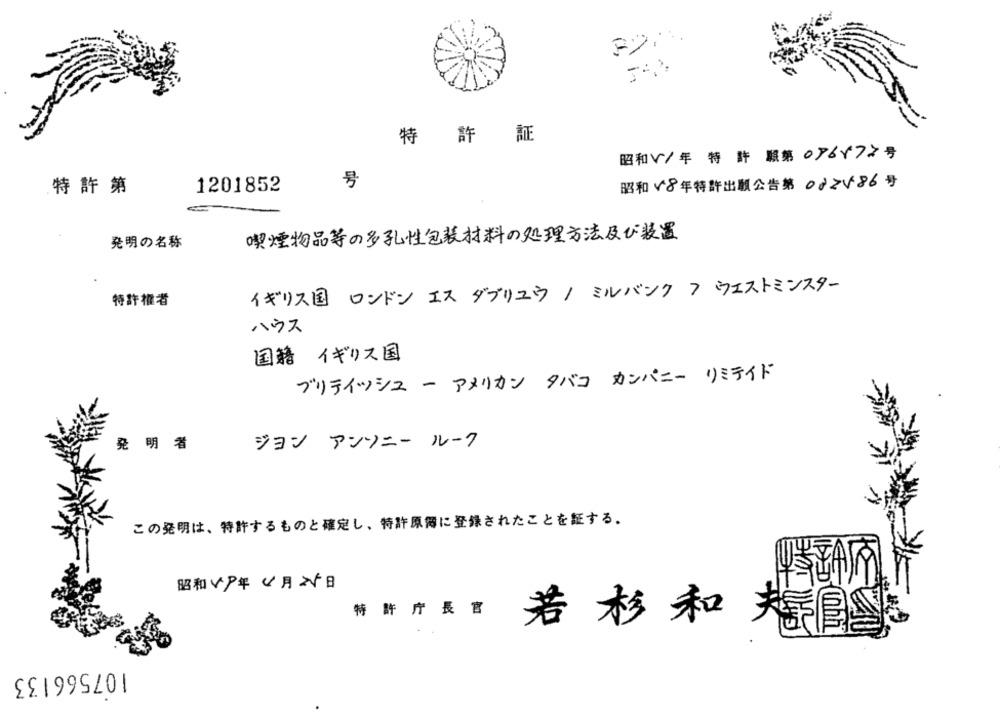
特 許 証
昭和√/年 特 許 願第096×72号
号
昭和 √8年特許出版公告第 082686 号
特許第
1201852
喫煙物品等の多孔性包装材料の処理方法及び装置
発明の名称
イギリス国 ロンドン エス ダブリユウ/ミルバンクフウェストミンスター
特許權者
ハウス
国籍 イギリス国
ブリティッシュ ー アメリカン タバコ カンパニー リミテイド
発 明 者
ジョン アンソニー ルーク
この発明は、特許するものと確定し、特許原簿に登録されたことを証する。
昭和49年4月25日
特 許 庁 長 官
若 杉和 機會
107566133